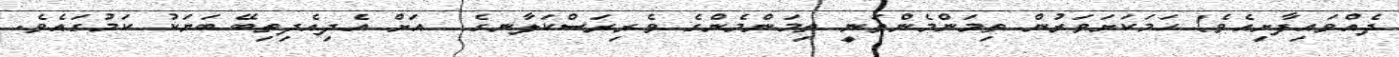
ދެއްވައިފާށިއެވެ! ހަމަކަށަވަރުން ތިމަންމެންވަނީ ތިމަންމެންގެ ވެރިރަސްކަލާނގެ  އަށް އެދިއެދިތިބޭ ބަޔަކު ކަމުގައެވެ.